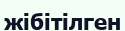
жібітілген